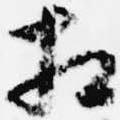
相